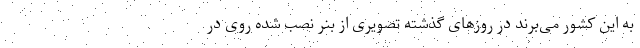
به این کشور می‌برند در روز‌های گذشته تصویری از بنر نصب شده روی در